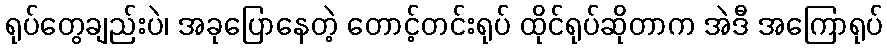
ရုပ်တွေချည်းပဲ၊ အခုပြောနေတဲ့ တောင့်တင်းရုပ် ထိုင်ရုပ်ဆိုတာက အဲဒီ အကြောရုပ်